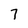
Character: 7